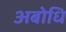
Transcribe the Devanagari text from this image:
अबोधि